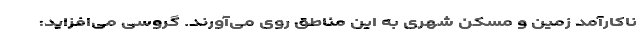
ناکارآمد زمین و مسکن شهری به این مناطق روی می‌آورند. گروسی می‌افزاید: